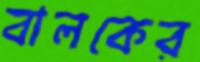
বালকের